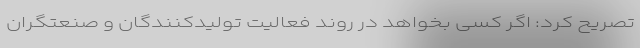
تصریح کرد: اگر کسی بخواهد در روند فعالیت تولیدکنندگان و صنعتگران